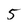
Character: 5